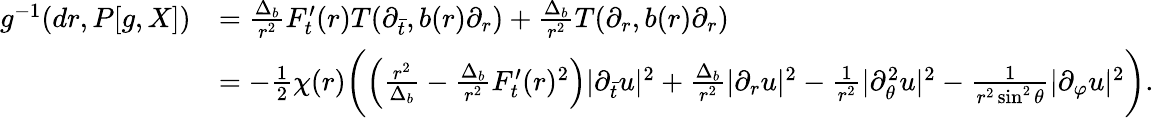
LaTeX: \begin{array}{rl}{g^{-1}(dr,P[g,X])}&{=\frac{\Delta_{b}}{r^{2}}F_{t}^{\prime}(r)T(\partial_{\bar{t}},b(r)\partial_{r})+\frac{\Delta_{b}}{r^{2}}T(\partial_{r},b(r)\partial_{r})}\\ &{=-\frac 12\chi(r)\bigg(\Big(\frac{r^{2}}{\Delta_{b}}-\frac{\Delta_{b}}{r^{2}}F_{t}^{\prime}(r)^{2}\Big)\lvert\partial_{\bar{t}}u\rvert^{2}+\frac{\Delta_{b}}{r^{2}}\lvert\partial_{r}u\rvert^{2}-\frac{1}{r^{2}}\vert\partial_{\theta}^{2}u\vert^{2}-\frac{1}{r^{2}\sin^{2}\theta}\vert\partial_{\varphi}u\vert^{2}\bigg).}\end{array}